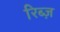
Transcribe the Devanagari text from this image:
रिब्ज़